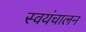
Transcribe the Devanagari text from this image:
स्वयंचालन